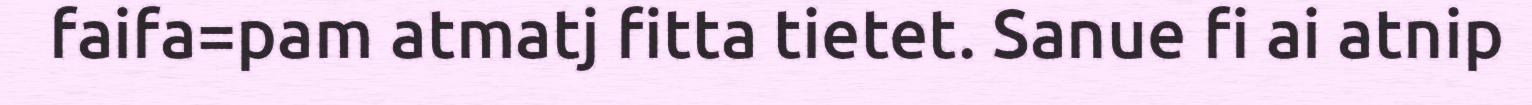
faifa=pam atmatj fitta tietet. Sanue fi ai atnip